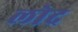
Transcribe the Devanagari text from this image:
लोद